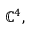
\mathbb { C } ^ { 4 } ,